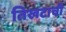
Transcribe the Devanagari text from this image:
तिखटाची